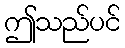
ဤသည်ပင်